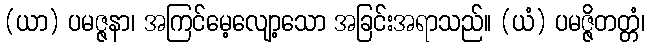
(ယာ) ပမဇ္ဇနာ၊ အကြင်မေ့လျော့သော အခြင်းအရာသည်။ (ယံ) ပမဇ္ဇိတတ္တံ၊